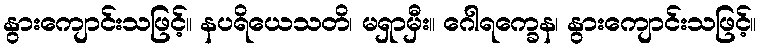
နွားကျောင်းသဖြင့်။ နပရိယေသတိ၊ မရှာမှီး။ ဂေါရက္ခေန၊ နွားကျောင်းသဖြင့်။